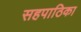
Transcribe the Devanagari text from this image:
सहपाठिका